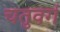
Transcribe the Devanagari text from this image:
चतुवर्ग